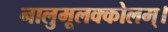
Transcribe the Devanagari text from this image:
नालुमूलक्कोलम्।